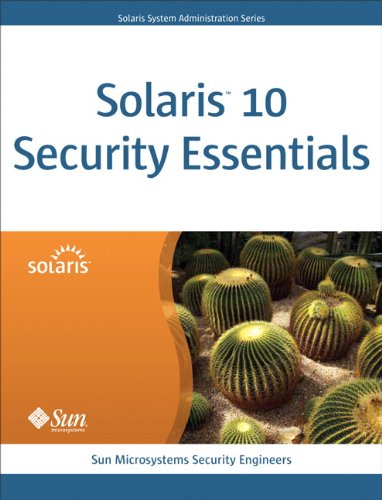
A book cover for Solaris 10 Security Essentials; Sun Microsystems Security Engineers; Computers & Technology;